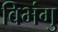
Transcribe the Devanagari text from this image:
विभंगु